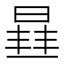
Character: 𭦮